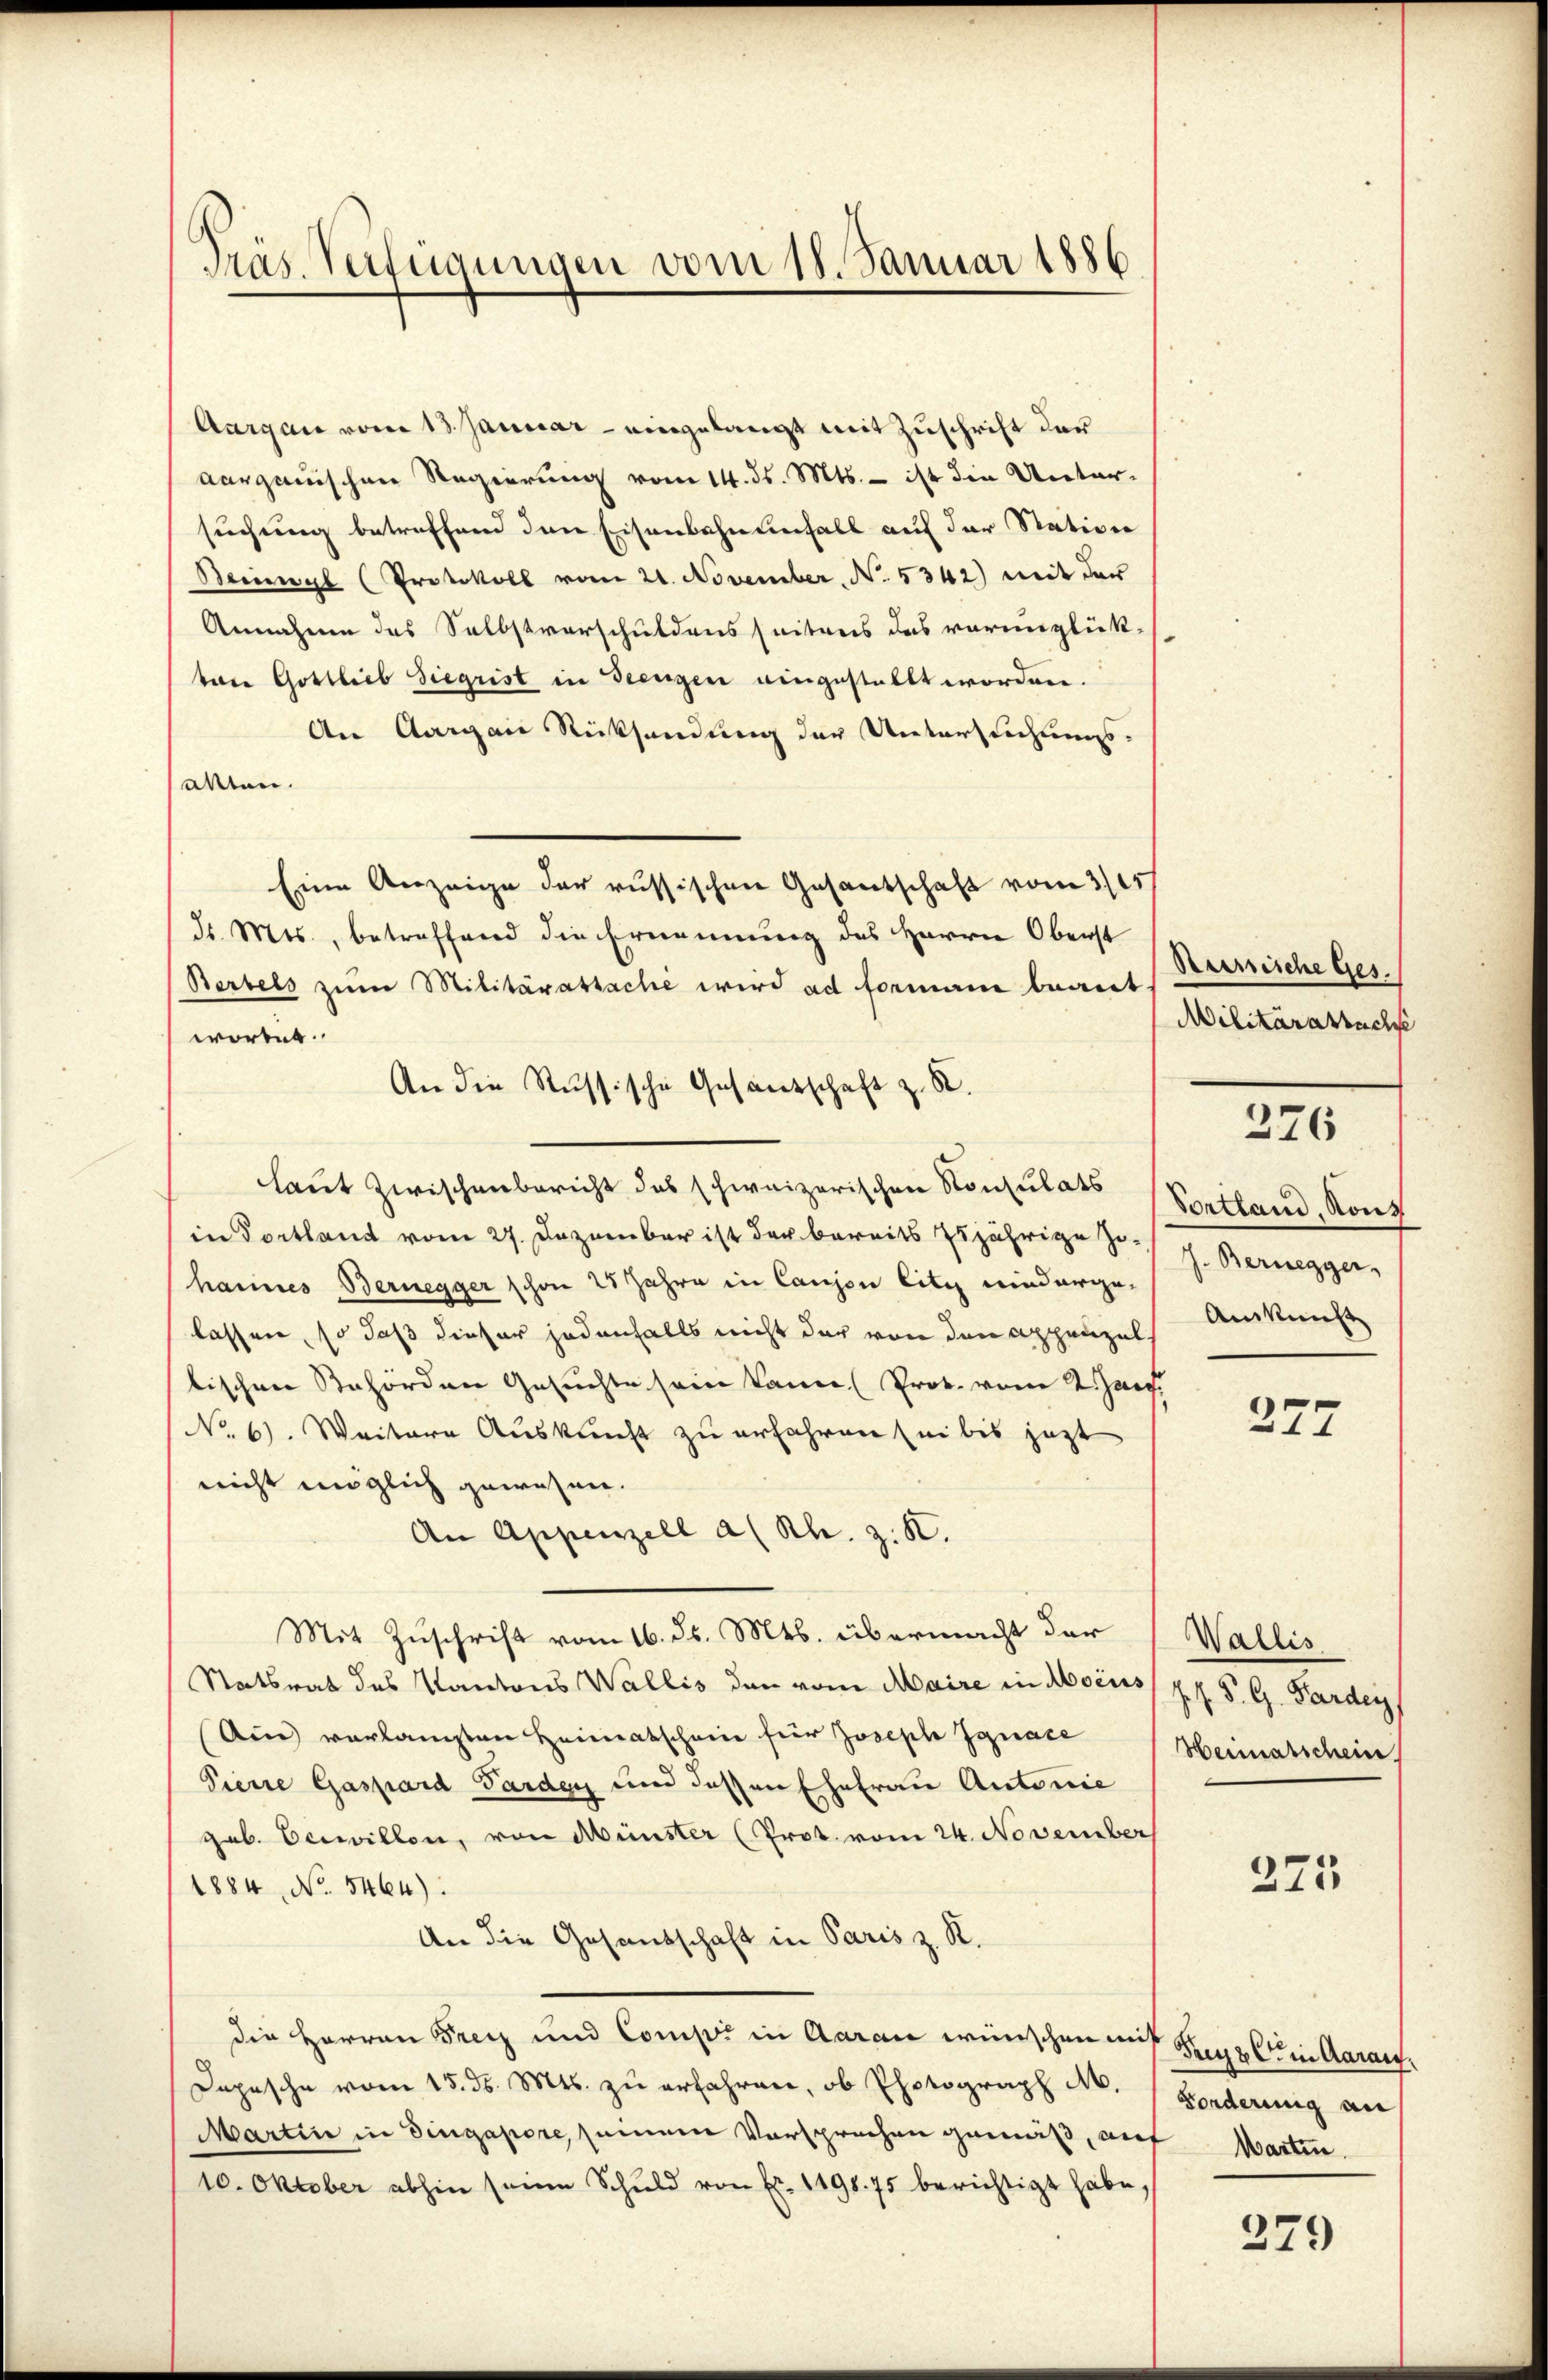
Präs. Verfügungen vom 18. Januar 1886

Aargau vom 13. Januar – eingelangt mit Zuschrift der
aargauischen Regierung vom 14. ds. Mts. – ist die Untersuchung betreffend den Eisenbahnenfall auf der Station
Beigl (Protokoll vom 21. November, No. 5342) mit der
Annahme des Selbstverschuldensseitens das vorunglück-
tare Gottlieb Siegrist in Seengen eingestellt worden.
An Aargare Rücksendung der Untersuchungs-
salten.
Eine Anzeige der russischen Gesantschaft vom 3/05.
dr. Mts., betreffend die Ernennung des Herrn Oberst
Berbels zum Militäratsache wird ad formann beant
worten.
An die Russische Gesandschaft z. R.
laut Zwischenbericht des schweizerischen Konsulats (Seitland, Konz
in Portland vom 27. Dezember ist der bereits Erjährige Sr. h. Bernegger
hannes Bernegger schon 25 Jahre in Canjon litz niedergelassen, so daß dieser jedenfalls nicht der von den Appenzel
tischen Behörden Gesuchte sein kann (Prok. vom 2. Jan.
No. 6. Weitere Auskunft zu erfahren sei bis jetzt
nicht möglich gewesen.
An Appenzell a/Rh. z. K.
Mit Zuschrift vom 16. ds. Mts. übermacht der
Statsrat des Kantons Wallis den vom Maire in Ascus J. J. P. G. Pardey
Ain verlangten Heimatschein für Joseph Ignace
Pierre Gaspard Sardey und dessen Ehefrau Antonie
gab. Einwillen, von Münster (Prot. vom 24. November
1884, No. 5464).
An die Gesandschaft in Paris z. R.
die Herren Freiz und Comp. in Aarau wünschen auf Kreuzl in Aarauf,
Depesche vom 15. d. Mts. zu erfahren, ob Photograph M.
Martin in Dingapore seinem Vorsprechen gemäß, auf Warten.
10. Oktober abhin seine Schuld von Fr. 1198. 75 berichtigt habe,

Rumliche Ges.
Militärattach

276

Auskunft

227

Wallis
Heimatschein

275

Forderung an

279